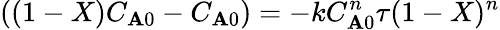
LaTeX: ((1-X)C_{\mathbf{A}0}-C_{\mathbf{A}0})=-kC_{\mathbf{A}0}^{n}\tau(1-X)^{n}